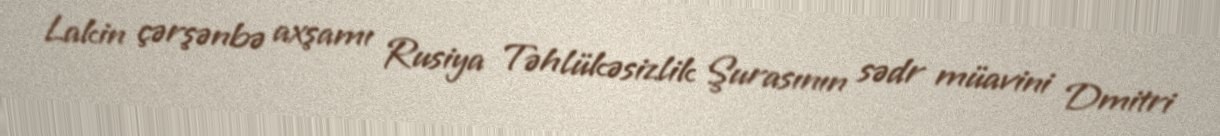
Lakin çərşənbə axşamı Rusiya Təhlükəsizlik Şurasının sədr müavini Dmitri